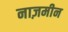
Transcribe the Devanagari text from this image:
नाज़मीन